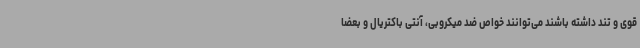
قوی و تند داشته باشند می‌توانند خواص ضد میکروبی، آنتی باکتریال و بعضا